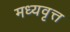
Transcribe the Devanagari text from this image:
मध्यवृत्त